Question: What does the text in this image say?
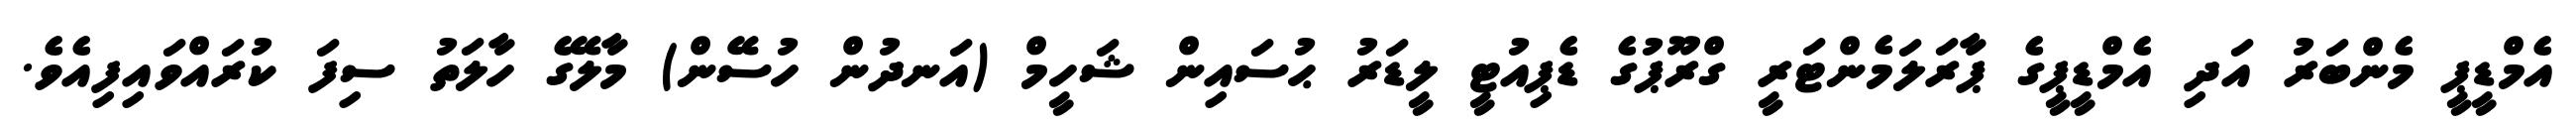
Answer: އެމްޑީޕީ މެންބަރު އަދި އެމްޑީޕީގެ ޕާރަލަމެންޓަރީ ގްރޫޕުގެ ޑެޕިއުޓީ ލީޑަރު ޙުސައިން ޝަހީމް (އަނދުން ހުސޭން) މާލޭގެ ހާލަތު ސިފަ ކުރައްވައިފިއެވެ.